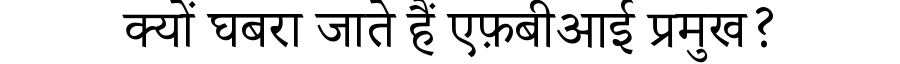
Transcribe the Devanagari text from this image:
क्यों घबरा जाते हैं एफ़बीआई प्रमुख?